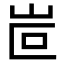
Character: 𡶆